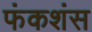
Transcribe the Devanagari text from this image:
फंकशंस